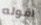
اقوله